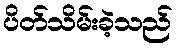
ပိတ်သိမ်းခဲ့သည်